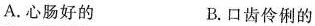
A.心肠好的 B.口齿伶俐的